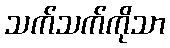
သက်သက်ကိုသာ